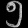
Digit: ၅